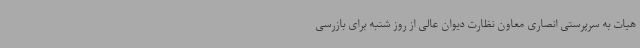
هیات به سرپرستی انصاری معاون نظارت دیوان عالی از روز شنبه برای بازرسی